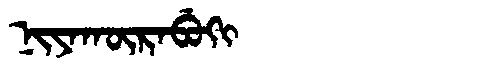
Manchu: ᠨᡳᠶᠠᡴᡡᡵᠠᠪᡠᡴᡳ
Romanization: NIYAKŪRABUKI